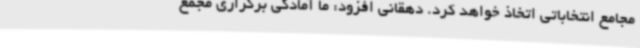
مجامع انتخاباتی اتخاذ خواهد کرد. دهقانی افزود: ما آمادگی برگزاری مجمع